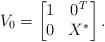
LaTeX: \begin{align*}V_0=\begin{bmatrix}1 & 0^T\\0 & X^*\end{bmatrix}.\end{align*}